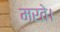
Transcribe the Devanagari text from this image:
मरते।